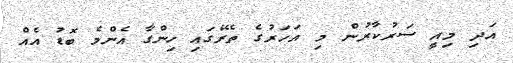
އަދި މިއީ ސަރުކާރުން މި އަހަރުގެ ތެރޭގައި ހިންގާ އެންމެ ބޮޑު އެއް